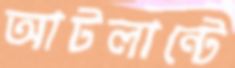
আটলান্টে